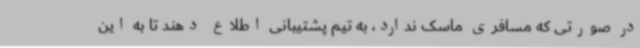
در صورتی که مسافری ماسک ندارد، به تیم پشتیبانی اطلاع دهند تا به این